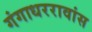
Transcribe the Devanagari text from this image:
गंगाधररावांस